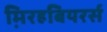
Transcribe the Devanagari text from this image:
म़िरहबियरर्स